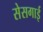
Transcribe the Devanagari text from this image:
सेसगाई